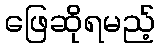
ဖြေဆိုရမည့်